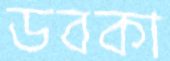
ডবকা